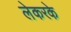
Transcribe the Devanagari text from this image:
लेकरके